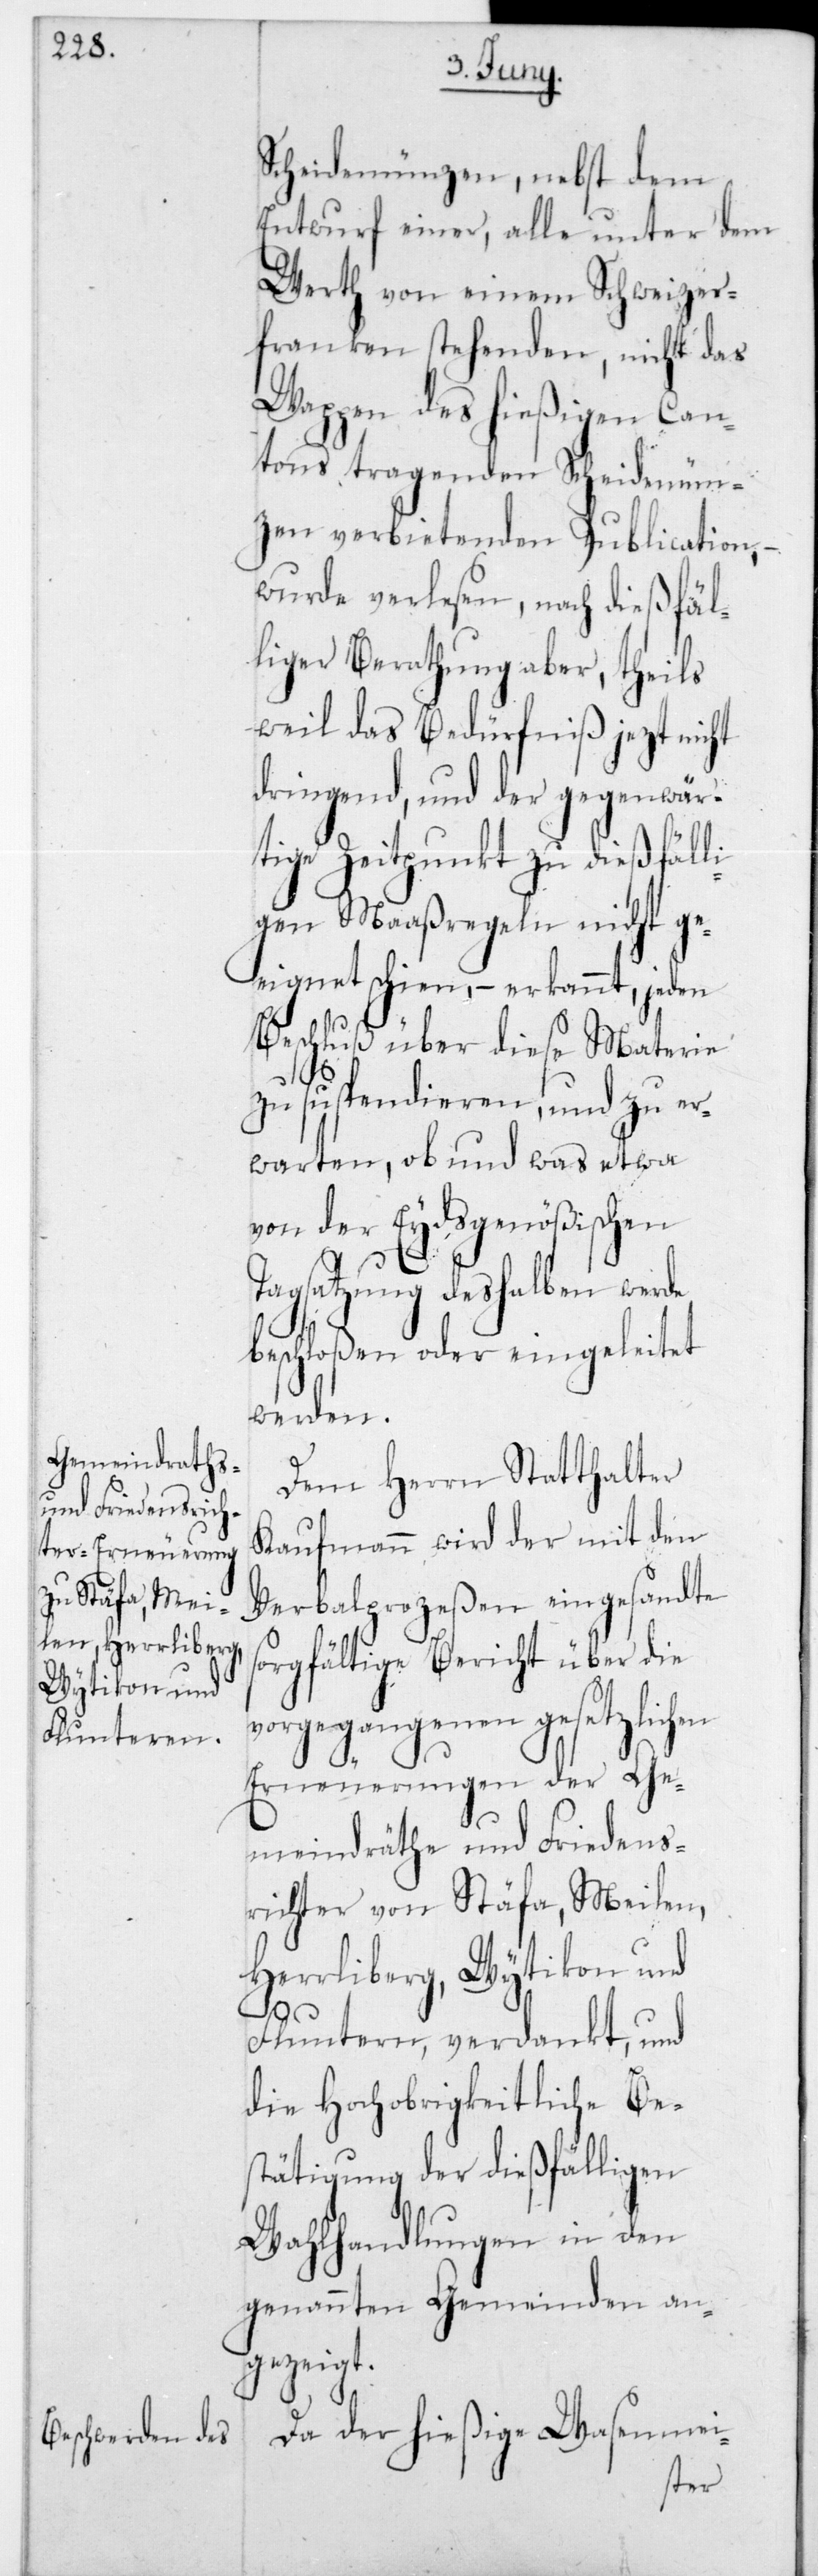
Scheidemünzen, nebst dem
Entwurf einer, alle unter dem
Werth von einem Schweizer¬
franken stehenden, nicht das
Wappen des hießigen Can¬
tons tragenden Scheidemün¬
zen verbietenden Publication, –
wurde verlesen, nach dießfäl¬
liger Berathung aber, theils
weil das Bedürfniß jetzt nicht
dringend, und der gegenwär¬
tige Zeitpunkt zu dießfäll¬
igen Maaßregeln nicht ge¬
eignet schien, – erkannt, jeden
Beschluß über diese Materie
zu suspendieren, und zu er¬
warten, ob und was etwa
von der Eydsgenößischen
Tagsatzung deshalben werde
beschloßen oder eingeleitet
werden.
Dem Herrn Statthalter
Kaufmann wird der mit den
Verbalprozeßen eingesandte
sorgfältige Bericht über die
vorgegangenen gesetzlichen
Erneuerungen der Ge¬
meindräthe und Friedens¬
richter von Stäfa, Meilen,
Herrliberg, Wytikon und
Fluntern, verdankt, und
die Hochobrigkeitliche Be¬
stätigung der dießfälligen
Wahlhandlungen in den
genannten Gemeinden an¬
gezeigt.
Da der hießige Wasenmei-